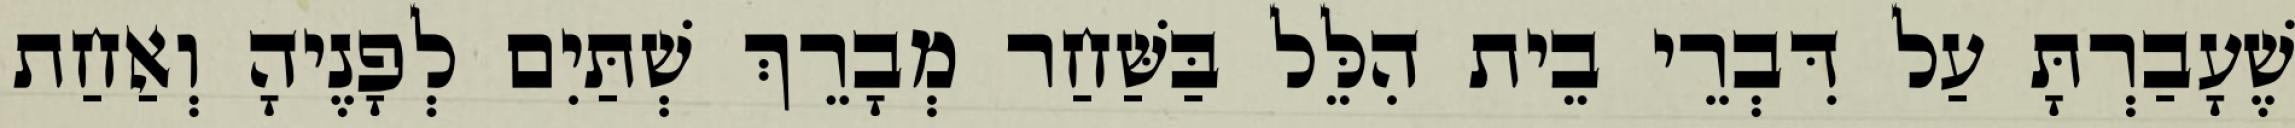
שֶׁעָבַרְתָּ עַל דִּבְרֵי בֵית הִלֵּל בַּשַּׁחַר מְבָרֵךְ שְׁתַּיִם לְפָנֶיהָ וְאַחַת